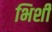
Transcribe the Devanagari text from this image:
भिशी